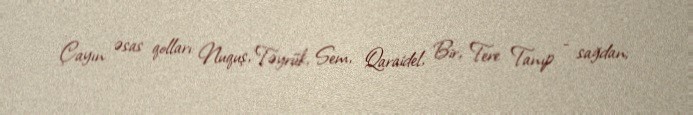
Çayın əsas qolları: Nuquş, Təyrük, Sem, Qaraidel, Bir, Tere Tanıp - sağdan;